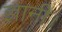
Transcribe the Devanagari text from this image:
ज्ञानी।